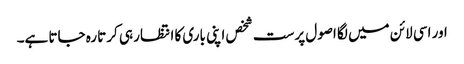
اور اسی لائن میں لگا اصول پرست شخص اپنی باری کا انتظار ہی کرتا رہ جاتا ہے۔